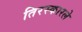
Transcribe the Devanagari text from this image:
तिरस्कारले